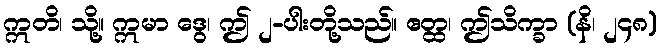
ဣတိ၊ သို့။ ဣမာ ဒွေ၊ ဤ ၂-ပါးတို့သည်။ ဧတ္ထ၊ ဤသိက္ခာ (နိ၊ ၂၄၈)